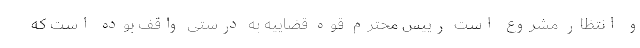
و انتظار مشروع است رییس محترم قوه قضاییه به درستی واقف بوده است که